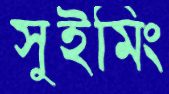
সুইমিং